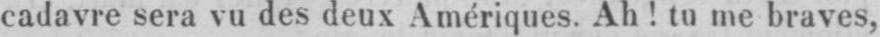
cadavre sera vu des deux Amériques. Ah! tu me braves,